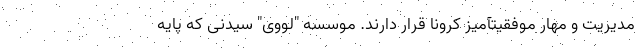
مدیریت و مهار موفقیتآمیز کرونا قرار دارند. موسسه "لووی" سیدنی که پایه